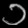
Digit: ၁